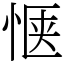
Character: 惬